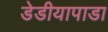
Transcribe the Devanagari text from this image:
डेडीयापाडा